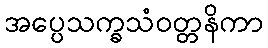
အပ္ပေသက္ခသံဝတ္တနိကာ